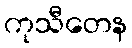
ကုသီတေန